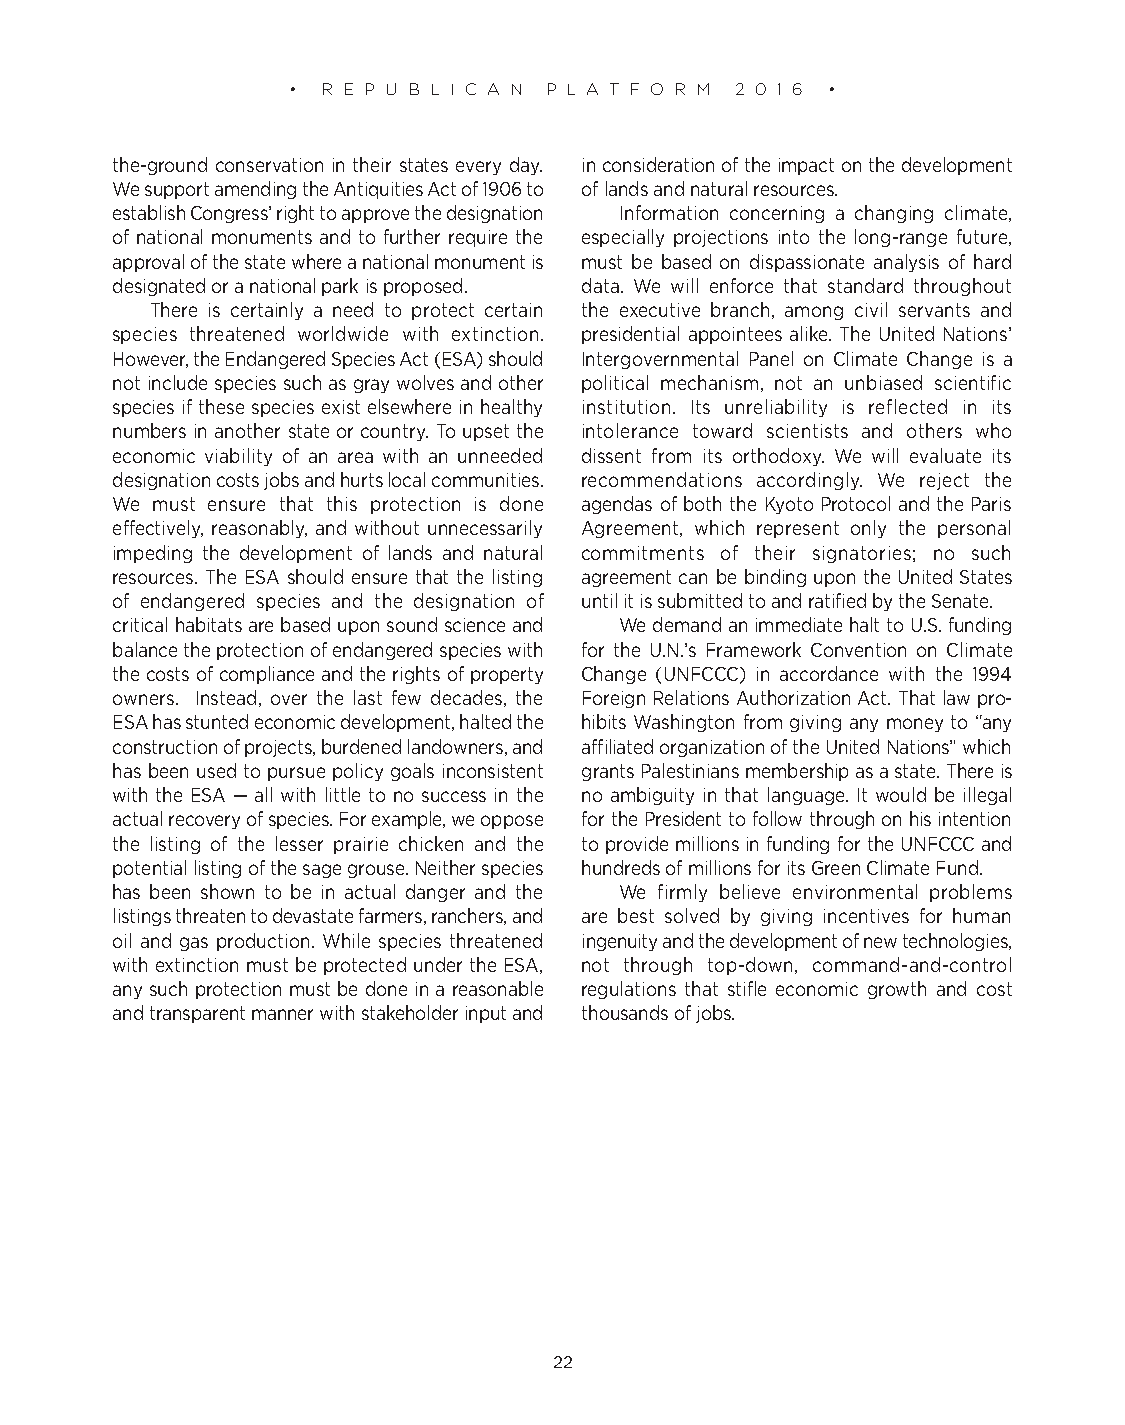
• R E P U B L I C A N P L A T F O R M 2 0 1 6 •
 the-ground conservation in their states every day. in consideration of the impact on the development
 We support amending the Antiquities Act of 1906 to of lands and natural resources.
 establish Congress’ right to approve the designation Information concerning a changing climate,
 of national monuments and to further require the especially projections into the long-range future,
 approval of the state where a national monument is must be based on dispassionate analysis of hard
 designated or a national park is proposed. data. We will enforce that standard throughout
 There is certainly a need to protect certain the executive branch, among civil servants and
 species threatened worldwide with extinction. presidential appointees alike. The United Nations’
 However, the Endangered Species Act (ESA) should Intergovernmental Panel on Climate Change is a
 not include species such as gray wolves and other political mechanism, not an unbiased scientific
 species if these species exist elsewhere in healthy institution. Its unreliability is reflected in its
 numbers in another state or country. To upset the intolerance toward scientists and others who
 economic viability of an area with an unneeded dissent from its orthodoxy. We will evaluate its
 designation costs jobs and hurts local communities. recommendations accordingly. We reject the
 We must ensure that this protection is done agendas of both the Kyoto Protocol and the Paris
 effectively, reasonably, and without unnecessarily Agreement, which represent only the personal
 impeding the development of lands and natural commitments of their signatories; no such
 resources. The ESA should ensure that the listing agreement can be binding upon the United States
 of endangered species and the designation of until it is submitted to and ratified by the Senate.
 critical habitats are based upon sound science and We demand an immediate halt to U.S. funding
 balance the protection of endangered species with for the U.N.’s Framework Convention on Climate
 the costs of compliance and the rights of property Change (UNFCCC) in accordance with the 1994
 owners. Instead, over the last few decades, the Foreign Relations Authorization Act. That law pro-
 ESA has stunted economic development, halted the hibits Washington from giving any money to “any
 construction of projects, burdened landowners, and affiliated organization of the United Nations” which
 has been used to pursue policy goals inconsistent grants Palestinians membership as a state. There is
 with the ESA — all with little to no success in the no ambiguity in that language. It would be illegal
 actual recovery of species. For example, we oppose for the President to follow through on his intention
 the listing of the lesser prairie chicken and the to provide millions in funding for the UNFCCC and
 potential listing of the sage grouse. Neither species hundreds of millions for its Green Climate Fund.
 has been shown to be in actual danger and the We firmly believe environmental problems
 listings threaten to devastate farmers, ranchers, and are best solved by giving incentives for human
 oil and gas production. While species threatened ingenuity and the development of new technologies,
 with extinction must be protected under the ESA, not through top-down, command-and-control
 any such protection must be done in a reasonable regulations that stifle economic growth and cost
 and transparent manner with stakeholder input and thousands of jobs.
 22